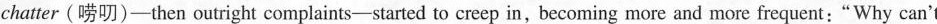
chatter ( 唠叨)-then outright complaints-started to creep in, becoming more and more frequent; “Why can't